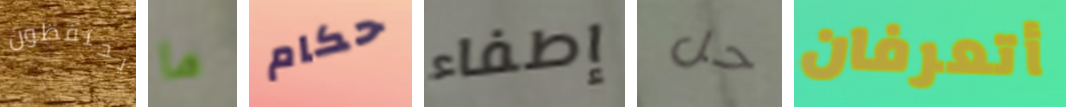
يحتفظون ما حكام إطفاء حل أتعرفان